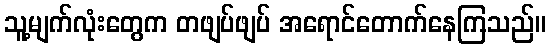
သူ့မျက်လုံးတွေက တဖျပ်ဖျပ် အရောင်တောက်နေကြသည်။